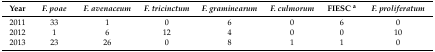
| Year | F. poae | F. avenaceum | F. tricinctum | F. graminearum | F. culmorum | FIESC a | F. proliferatum |
 | --- | --- | --- | --- | --- | --- | --- | --- |
 | 2011 | 33 | 1 | 0 | 6 | 0 | 6 | 0 |
 | 2012 | 1 | 6 | 12 | 4 | 0 | 0 | 10 |
 | 2013 | 23 | 26 | 0 | 8 | 1 | 1 | 0 |